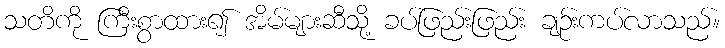
သတိကို ကြီးစွာထား၍ အိမ်များဆီသို့ ခပ်ဖြည်းဖြည်း ချဉ်းကပ်လာသည်။